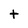
Character: t